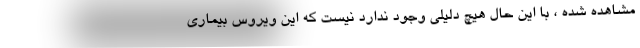
مشاهده شده ، با این حال هیچ دلیلی وجود ندارد نیست که این ویروس بیماری